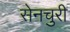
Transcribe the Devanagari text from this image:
सेनचुरी